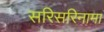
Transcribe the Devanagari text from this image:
सरिसरिनामा